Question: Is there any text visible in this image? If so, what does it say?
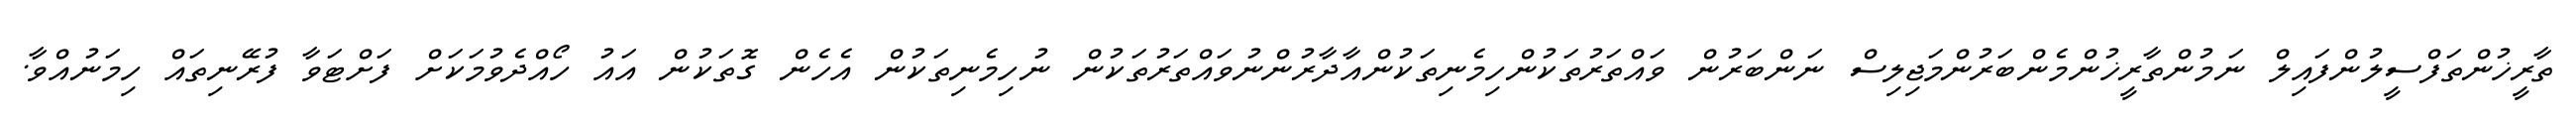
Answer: ތާރީޚުންތަފްސީލުންފައިލް ނަމުންތާރީޚުންމެންބަރުންމަޖިލިސް ނަންބަރުން ވައްތަރުތަކުންހިމެނިތަކުންއާދާރުންނުވައްތަރުތަކުން ނުހިމެނިތަކުން އެހެން ގޮތަކުން އައު ހޯއްދެވުމަކަށް ފަށްޓަވާ ފުރޭނިތައް ހިމަނުއްވާ.